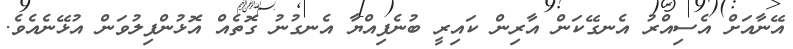
އޭނާއަށް އެސިއްރު އެނގޭކަން އާރިން ކައިރީ ބުނެފިއްޔާ އެނގުނު ގޮތެއް އޮޅުންފިލުވަން އުޅޭނެއެވެ.